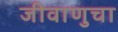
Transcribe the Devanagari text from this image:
जीवाणुचा